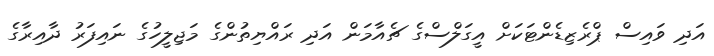
އަދި ވައިސް ޕްރެޒިޑެންޓަކަށް އީގަލްސްގެ ޗެއާމަން އަދި ރައްޔިތުންގެ މަޖިލީހުގެ ނައިފަރު ދާއިރާގެ